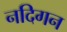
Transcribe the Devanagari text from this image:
नदिगन